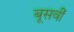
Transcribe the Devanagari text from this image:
बूसवीं